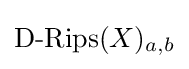
{\text{D-Rips}}(X)_{a,b}